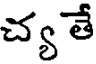
చ్య తే